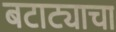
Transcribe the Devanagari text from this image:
बटाट्याचा